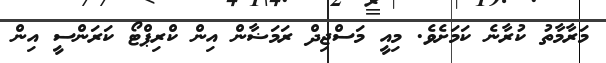
މަރާމާތު ކުރާނެ ކަމަށެވެ. މިއީ މަސްޖިދް ރަމަޟާން އިން ކްރިޕްޓޯ ކަރަންސީ އިން